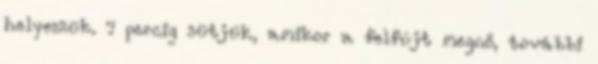
helyezzük. 7 percig sütjük, amikor a felfújt megnő, további